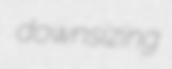
downsizing